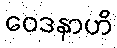
ဝေဒနာဟိ